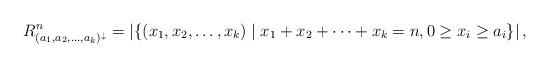
LaTeX: \begin{align*}R_{ (a_1,a_2, \dots , a_k )^{\downarrow} }^{n} = \arrowvert \lbrace (x_{1} , x_{2} , \dots , x_{k}) \mid x_{1} + x_{2} + \dots + x_{k} = n, 0 \geq x_{i} \geq a_i \rbrace \arrowvert\,,\end{align*}